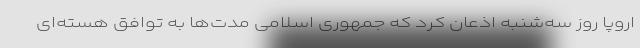
اروپا روز سه‌شنبه اذعان کرد که جمهوری اسلامی مدت‌ها به توافق هسته‌ای